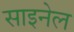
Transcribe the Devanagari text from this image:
साइनेल